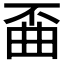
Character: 𫠲